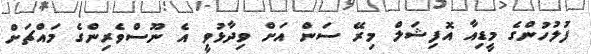
ފުލުހުންގެ މީޑިއާ އޮފިޝަލް މިރޭ ސަން އަށް ވިދާޅުވީ އެ ނޫސްވެރިންގެ މައްޗަށް